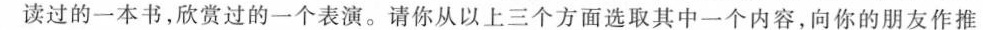
读过的一本书，欣赏过的一个表演。请你从以上三个方面选取其中一个内容，向你的朋友作推荐